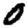
Digit: 0